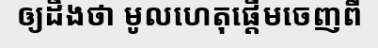
ឲ្យដឹងថា មូលហេតុផ្តើមចេញពី